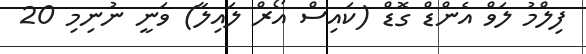
ފިލްމު ލަވް އެންޑް ގޮޑް (ކައިސް އޯރް ލައިލާ) ވަނީ ނުނިމި 20